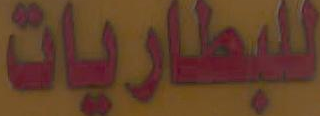
للبطاريات